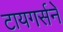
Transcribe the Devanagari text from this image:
टायगर्सने